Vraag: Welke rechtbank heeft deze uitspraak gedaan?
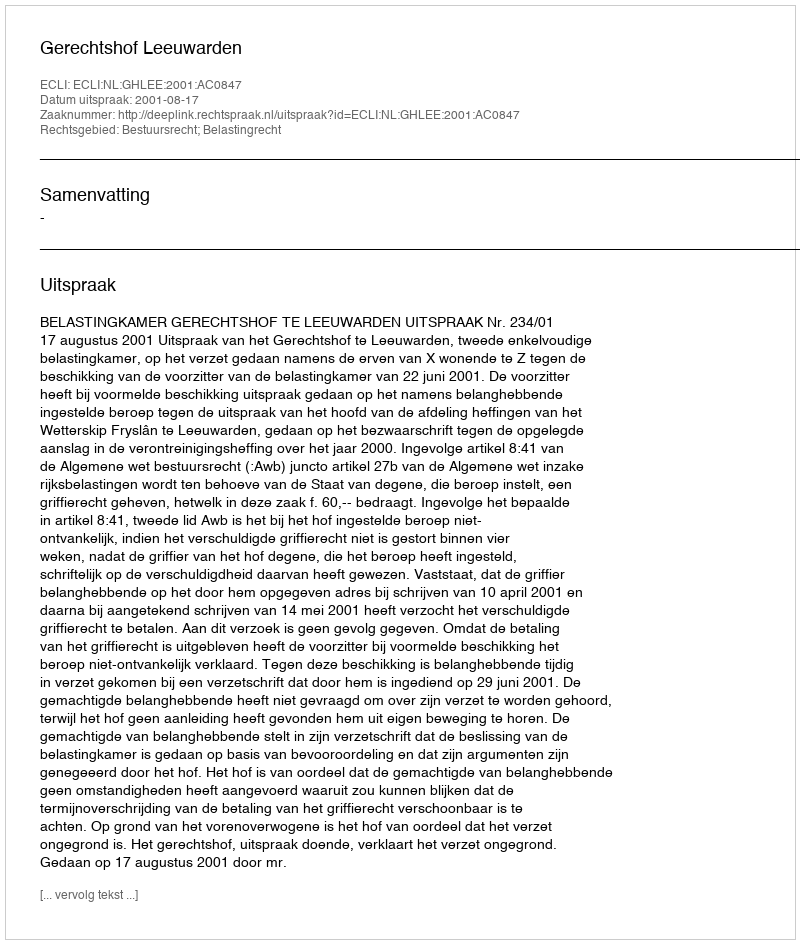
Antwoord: Gerechtshof Leeuwarden